Annual report on the lock hospitals of the Madras Presidency
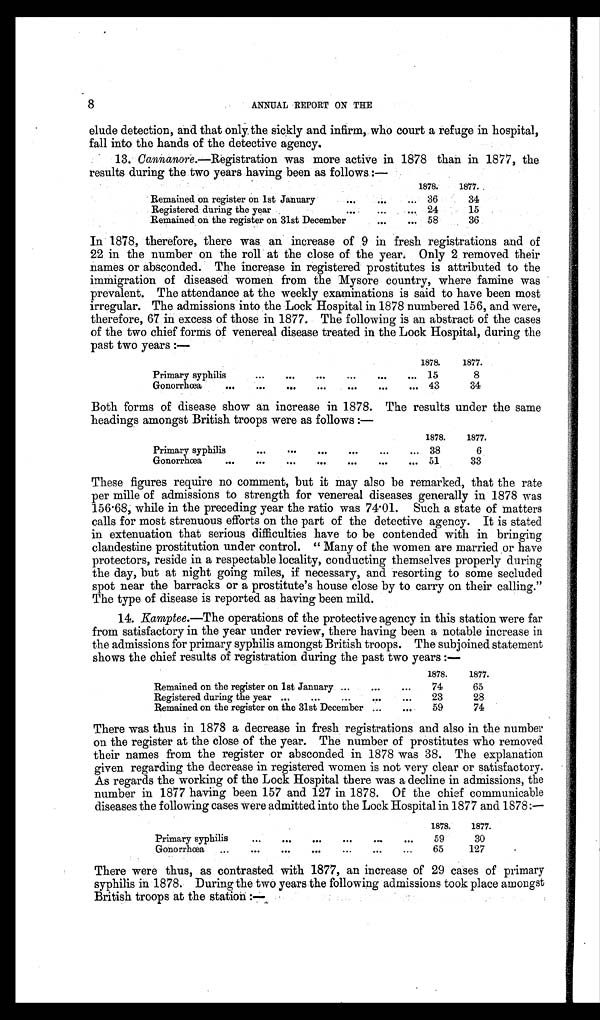
8
ANNUAL IMPORT ON THE
elude detection, and that only the sickly and infirm, who court a refuge in hospital,
fall into the hands of the detective agency.
13. Cannanore.—Registration was more active in 1878 than in 1877, the
results during the two years having been as follows.:—
1878.' 1877.
Remained on register on 1st January
. . .
. . .
. . .
3 6
34
Registered during the year ... ... ...
2 4
15
Remained on the register on 31st December
... ...
58
36
In 1878, therefore, there was an increase of 9 in fresh registrations and of
22 in the number on the roll at the close of the year. Only 2 removed their
names or absconded. The increase in registered prostitutes is attributed to the
immigration of diseased women from the Mysore country, where famine was
prevalent. The attendance at the weekly examinations is said to have been most
irregular. The admissions into the Lock Hospital in 1878 numbered 156, and were,
therefore, 67 in excess of those in 1877. The following is an abstract of the cases
of the two chief forms of venereal disease treated in the Lock Hospital, during the
past two years :—
1878.
1877.
Primary syphilis
...
...
...
. . .
...
. . .
15
8
Gonorrhœa
...
...
. . .
...
. . .
. . .
. . .
43
34
Both forms of disease show an increase in 1878. The results under the same
headings amongst British troops were as follows :—
1878. 1877.
Primary syphilis
...
...
...
...
...
... 38
6
Gonorrhœa
...
...
...
...
...
...
... 51
33
These figures require no comment, but it may also be remarked, that the rate
per mille of admissions to strength for venereal diseases generally in 1878 was
156.68, while in the preceding year the ratio was 74.01. Such a state of matters
calls for most strenuous efforts on the part of the detective agency. It is stated
in extenuation that serious difficulties have to be contended with in bringing
clandestine prostitution under control. " Many of the women are married or have
protectors, reside in a respectable locality, conducting themselves properly durin
g t h e d a y , b u t a t n i g h t g o i n g m i l e s , i f n e c e s s a r y , a n d r e s o r t i n g t o s o m e s e c l u d e d
spot near the barracks or a prostitute's house close by to carry on their calling."
The type of disease is reported as having been mild.
14. Kamptee.—The operations of the protective agency in this station were far
from satisfactory in the year under review, there having been a notable increase in
the admissions for primary syphilis amongst British troops. The subjoined statement
shows the chief results of registration during the past two years :—
1878.
1877.
Remained on the register on 1st January ...
...
...
74
65
Registered during the year ...
...
...
... ...
23
28
Remained on the register on the 31st December ... ...
5 9 74
There was thus in 1878 a decrease in fresh registrations and also in the number
on the register at the close of the year. The number of prostitutes who removed
their names from the register or absconded in 1878 was 38. The explanation
given regarding the decrease in registered women is not very clear or satisfactory.
As regards the working of the Lock Hospital there was a decline in admissions, the
number in 1877 having been 157 and 127 in 1878. Of the chief communicable
diseases the following cases were admitted into the Lock Hospital in 1877 and 1878:—
1878. 1877.
Primary syphilis
...
...
...
...
...
... 59
30
Gonorrhœa ...
...
...
...
. . .
. . .
. . .
65
127
There were thus, as contrasted with 1877, an increase of 29 cases of primary
syphilis in 1878. During the two years the following admissions took place amongst
British troops at the station:—